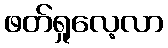
ဖတ်ရှုလေ့လာ